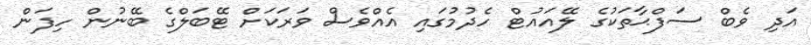
އަދި ވެބް ސަފްޙާތަކުގެ ލޭއައުޓް ހެދުމުގައި އެއްވެސް ވަރަކަށް ޓޭބަލްގެ ބޭނުން ހިފަން